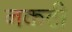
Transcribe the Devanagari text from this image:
नकटी